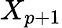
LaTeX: X_{p+1}